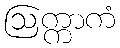
ဩက္ကာကံ